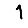
Digit: 1